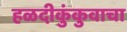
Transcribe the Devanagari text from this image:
हळदीकुंकुवाचा